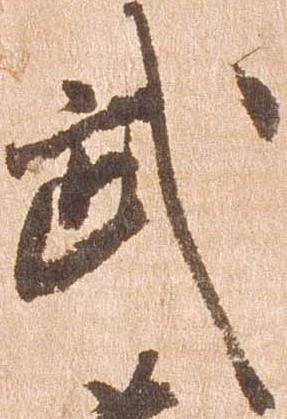
武